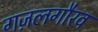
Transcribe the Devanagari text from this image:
गज़लगौरव